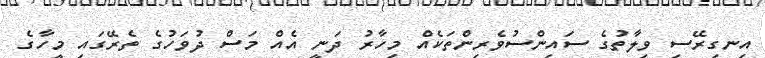
އިނގިރޭސި ވިލާތުގެ ސައިންސުވެރިންތަކެއް މިހާރު ދަނީ އެއް މަސް ދުވަހުގެ ތެރޭގައި މީހާގެ